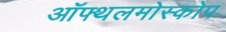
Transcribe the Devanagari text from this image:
ऑफ्थलमोस्कोप